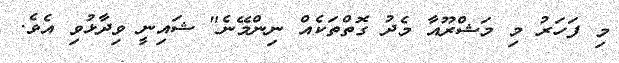
މި ފަހަރު މި މަޝްރޫއާ މެދު ގޮތްތަކެއް ނިންމޭނެ" ޝައިނީ ވިދާޅުވި އެވެ.